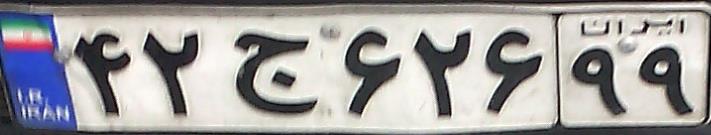
۴۲ج۶۲۶۹۹